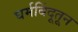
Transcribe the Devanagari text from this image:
घर्मबिंदूतून